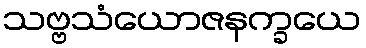
သဗ္ဗသံယောဇနက္ခယေ